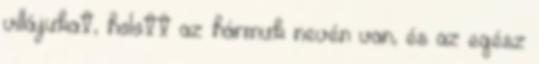
villájukat, holott az hármuk nevén van, és az egész